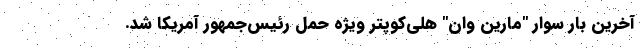
آخرین بار سوار "مارین وان" هلی‌کوپتر ویژه حمل رئیس‌جمهور آمریکا شد.